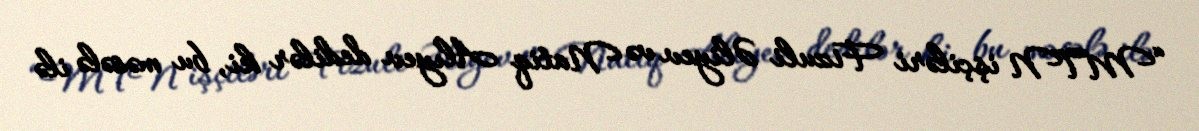
“MTN işçiləri Fizuli Əliyev və Natiq Alıyev dedilər ki, bu məsələ ilə